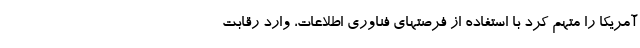
آمریکا را متهم کرد با استفاده از فرصتهای فناوری اطلاعات، وارد رقابت